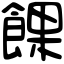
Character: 餜